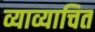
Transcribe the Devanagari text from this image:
व्याव्याचित